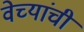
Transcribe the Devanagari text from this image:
वेच्यांची